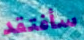
سأفتقد